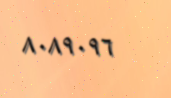
٨٠٨٩٠٩٦